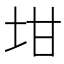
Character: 坩